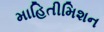
માહિતીમિશન